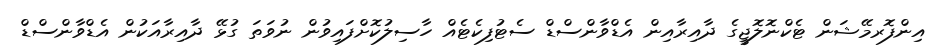
އިންފޮރމޭޝަން ޓެކްނޮލޮޖީގެ ދާއިރާއިން އެޑްވާންސްޑް ސެޓުފިކެޓެއް ހާސިލުކޮށްފައިވުން ނުވަތަ ގުޅޭ ދާއިރާއަކުން އެޑްވާންސްޑް